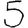
Digit: 5